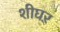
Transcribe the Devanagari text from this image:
शीघऱ